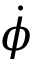
\dot { \phi }